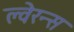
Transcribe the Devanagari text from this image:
ल्वेरन्स